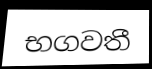
භගවතී